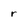
Character: r